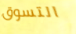
التسوق